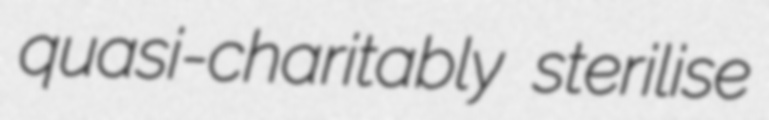
quasi-charitably sterilise